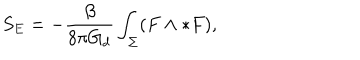
S _ { E } = - \frac { \beta } { 8 \pi G _ { d } } \int _ { \Sigma } ( F \wedge \ast F ) ,